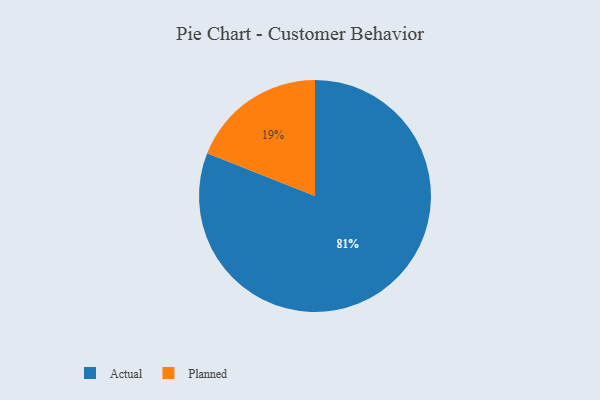
{"axis": {"x": "Category", "y": "Percentage"}, "legend": ["Actual", "Planned"], "data": [{"x": "Actual", "y": 81, "type": "Actual"}, {"x": "Planned", "y": 19, "type": "Planned"}]}